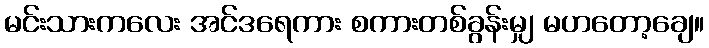
မင်းသားကလေး အင်ဒရေကား စကားတစ်ခွန်းမျှ မဟတော့ချေ။